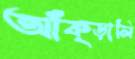
আঁক্‌ড়ালি